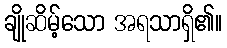
ချိုဆိမ့်သော အရသာရှိ၏။